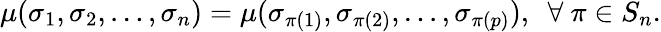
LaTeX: \mu(\sigma_{1},\sigma_{2},\ldots,\sigma_{n})=\mu(\sigma_{\pi(1)},\sigma_{\pi(2)},\ldots,\sigma_{\pi(p)}),~~\forall~\pi\in S_{n}.